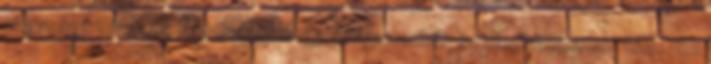
nagyságú lehetett. Felpillantottam a pergamenből, és megkérdeztem tőle. -Ez